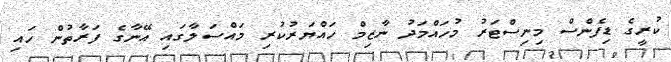
ކުރީގެ ޑިފެންސް މިނިސްޓަރު މުހައްމަދު ނާޒިމް ހައްޔަރުކުރި މައްސަލާގައި އޭނާގެ ފަރާތުން ހައި